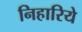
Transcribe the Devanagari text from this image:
निहारिये